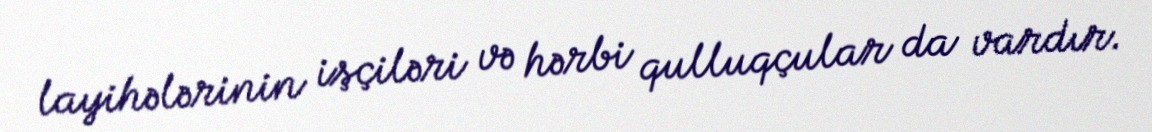
layihələrinin işçiləri və hərbi qulluqçular da vardır.